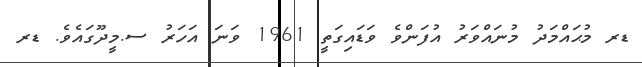
ޑރ މުޙައްމަދު މުނައްވަރު އުފަންވެ ވަޑައިގަތީ 1961 ވަނަ އަހަރު ސ.މީދޫގައެވެ. ޑރ